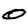
Digit: 0